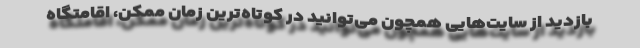
بازدید از سایت‌هایی همچون می‌توانید در کوتاه‌ترین زمان ممکن، اقامتگاه